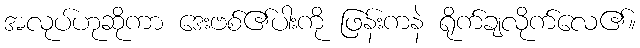
အလုပ်ဟုဆိုကာ ဒေးဗစ်၏ပါးကို ဖြန်းကနဲ ရိုက်ချလိုက်လေ၏။